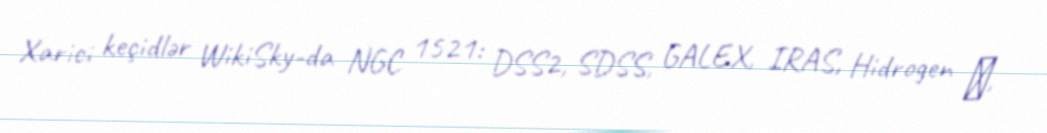
Xarici keçidlər WikiSky-da NGC 1521: DSS2, SDSS, GALEX, IRAS, Hidrogen α,